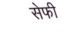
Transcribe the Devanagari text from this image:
सेफी